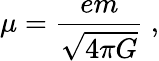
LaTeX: \mu=\frac{em}{\sqrt{4\pi G}}\ ,